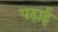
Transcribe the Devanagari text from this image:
पढ़ाईं